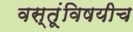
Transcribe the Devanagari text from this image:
वस्तूंविषयीच